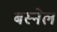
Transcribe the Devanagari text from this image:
बस्नेल